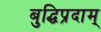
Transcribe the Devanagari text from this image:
बुद्धिप्रदाम्